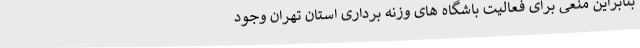
بنابراین منعی برای فعالیت باشگاه های وزنه برداری استان تهران وجود